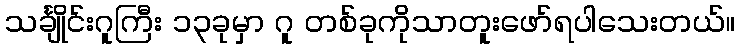
သင်္ချိုင်းဂူကြီး ၁၃ခုမှာ ဂူ တစ်ခုကိုသာတူးဖော်ရပါသေးတယ်။